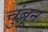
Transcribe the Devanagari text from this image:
चुंबून